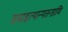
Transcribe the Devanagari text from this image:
समाहृत्यान्यतन्त्राणि